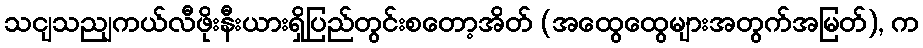
သငျသညျကယ်လီဖိုးနီးယားရှိပြည်တွင်းစတော့အိတ် (အထွေထွေများအတွက်အမြတ်), က